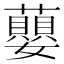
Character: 蘡